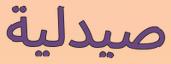
صیدلیة